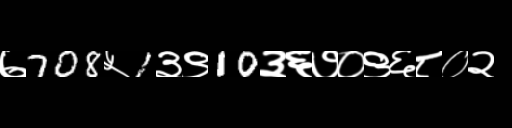
Text: ७708५1३९10३६७०९६८०२